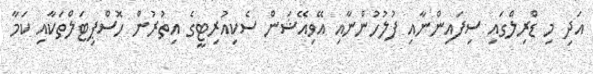
އަދި މި ޑްރިލްގައި ސިފައިންނާއި ފުލުހުންނާއި އޭވިއޭޝަން ސެކިއުރިޓީގެ އިތުރުން ހޮސްޕިޓަލްތަކާއި ކަމާ